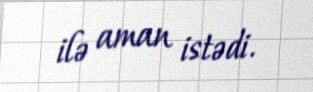
ilə aman istədi.